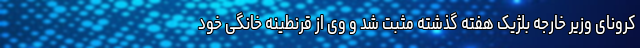
کرونای وزیر خارجه بلژیک هفته گذشته مثبت شد و وی از قرنطینه خانگی خود